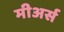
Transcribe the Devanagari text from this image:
मीअर्स